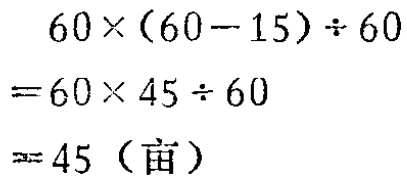
\[

\begin{align*}

&60\times(60 - 15)\div60\\

=&60\times45\div60\\

=&45（亩）

\end{align*}

\]